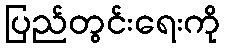
ပြည်တွင်းရေးကို